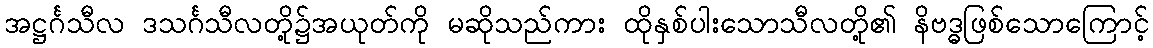
အဋ္ဌင်္ဂသီလ ဒသင်္ဂသီလတို့၌အယုတ်ကို မဆိုသည်ကား ထိုနှစ်ပါးသောသီလတို့၏ နိဗဒ္ဓဖြစ်သောကြောင့်